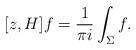
LaTeX: \begin{align*} [z,H] f = \frac{1}{\pi i} \int_\Sigma f. \end{align*}